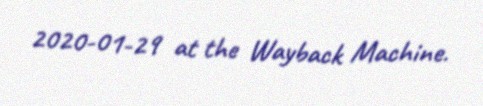
2020-01-29 at the Wayback Machine.